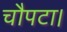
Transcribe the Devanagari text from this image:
चौपटा।